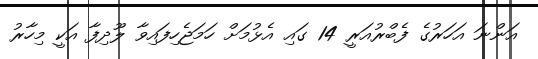
އަންނަ އަހަރުގެ ފެބްރުއަރީ 14 ގައި އެޅުމަށް ހަމަޖެހިފައިވާ ލޫދިފާ އަކީ މިހާރު